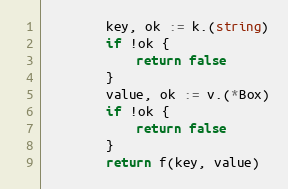
Language: Go
		key, ok := k.(string)
		if !ok {
			return false
		}
		value, ok := v.(*Box)
		if !ok {
			return false
		}
		return f(key, value)